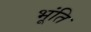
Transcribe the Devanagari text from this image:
भूंति